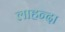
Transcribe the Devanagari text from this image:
लाहन्दा